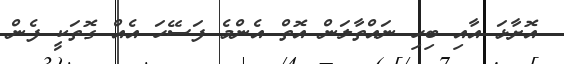
އޮށާޅަ އާއި ބިހި ނައްތާލަން އޮތް އެންމެ ފަސޭހަ އެއް ގޮތަކީ ފެން